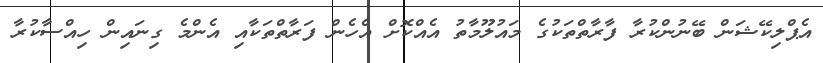
އެޕްލިކޭޝަން ބޭނުންކުރާ ފާރާތްތަކުގެ މައުލޫމާތު އެއްކޮށް އެހެން ފަރާތްތަކާއި އެންމެ ގިނައިން ހިއްސާކުރާ